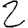
Digit: 2